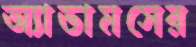
অ্যাডামসের